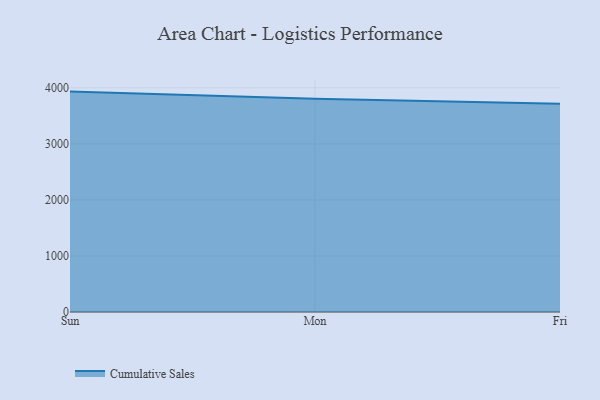
{"axis": {"x": "Day", "y": "Bounce Rate (%)"}, "legend": ["Cumulative Sales"], "data": [{"x": "Sun", "y": 3932.3, "type": "Cumulative Sales"}, {"x": "Mon", "y": 3805.5, "type": "Cumulative Sales"}, {"x": "Fri", "y": 3716.3, "type": "Cumulative Sales"}]}